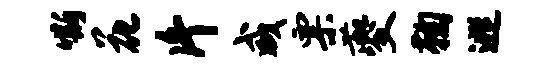
嘶花片咸票夔鞠逃